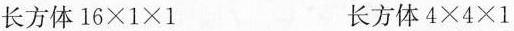
长方体$$16 \times 1 \times 1$$长方体$$4 \times 4 \times 1$$